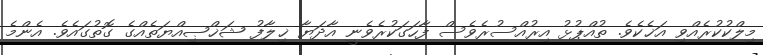
މިލްކުކުރެއްވި އަޚެކެވެ. ތުއްޕުޅު އިރުއްސުރެވެސް ފާހަގަކުރެވެނީ އާދަޔާ ޚިލާފު ޝަޚްޞިއްޔަތެއްގެ ގޮތުގައެވެ. އެންމެ